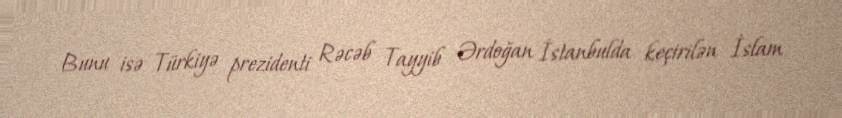
Bunu isə Türkiyə prezidenti Rəcəb Tayyib Ərdoğan İstanbulda keçirilən İslam